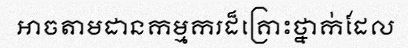
អាចតាមដានកម្មករដ៏គ្រោះថ្នាក់ដែល